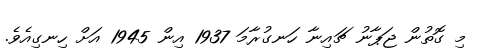
މި ގޮތުން ޖަޕާނު ޗައިނާ ހަނގުރާމަ 1937 އިން 1945 އަށް ހިނގިއެވެ.